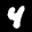
Label: 4